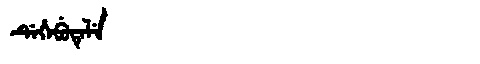
Manchu: ᡩᡝᡥᡝᠪᡠᡨᡝᠯᡝ
Romanization: DEHEBUTELE